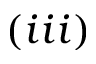
( i i i )